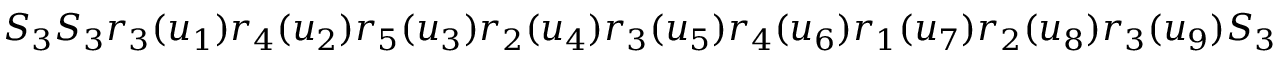
S _ { 3 } S _ { 3 } r _ { 3 } ( u _ { 1 } ) r _ { 4 } ( u _ { 2 } ) r _ { 5 } ( u _ { 3 } ) r _ { 2 } ( u _ { 4 } ) r _ { 3 } ( u _ { 5 } ) r _ { 4 } ( u _ { 6 } ) r _ { 1 } ( u _ { 7 } ) r _ { 2 } ( u _ { 8 } ) r _ { 3 } ( u _ { 9 } ) S _ { 3 } S _ { 3 }